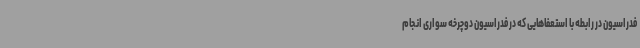
فدراسیون در رابطه با استعفاهایی که در فدراسیون دوچرخه سواری انجام